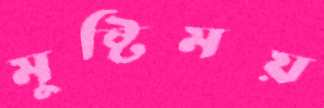
মুষ্টিময়